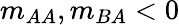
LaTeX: m_{AA},m_{BA}<0